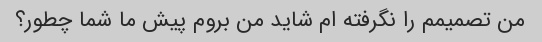
من تصمیمم را نگرفته ام شاید من بروم پیش ما شما چطور؟